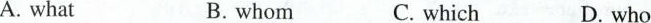
A. whatB.whomC. whichD. who